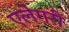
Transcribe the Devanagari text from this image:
एलेगरी